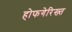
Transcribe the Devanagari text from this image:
होफगेरिख्त